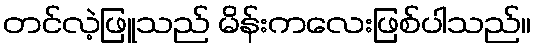
တင်လဲ့ဖြူသည် မိန်းကလေးဖြစ်ပါသည်။